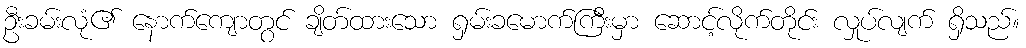
ဦးခမ်းလုံ၏ နောက်ကျောတွင် ချိတ်ထားသော ရှမ်းခမောက်ကြီးမှာ ဆောင့်လိုက်တိုင်း လှုပ်လျက် ရှိသည်။